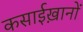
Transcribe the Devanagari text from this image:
कसाईख़ानों